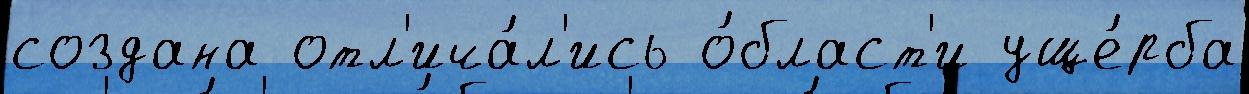
создана отл'ича́л'ись о́бласт'и уще́рба